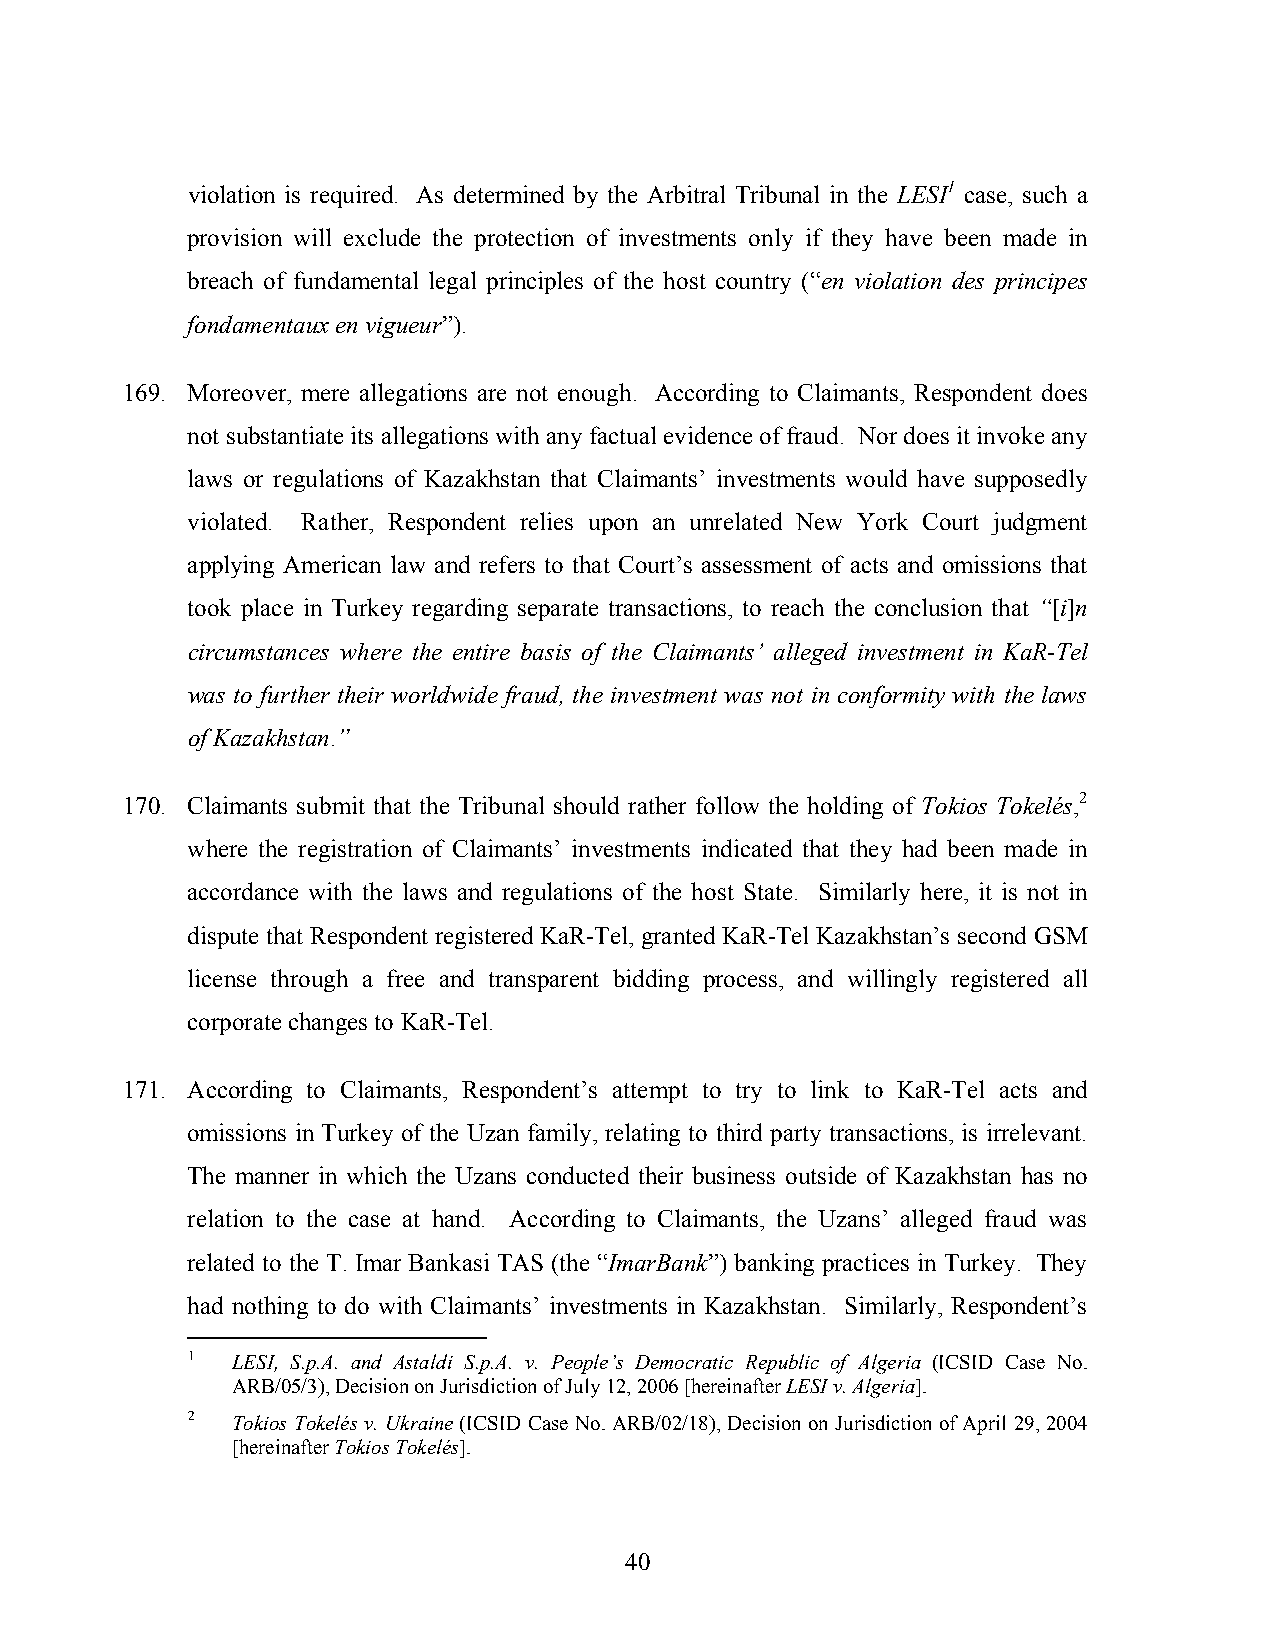
violation is required. As determined by the Arbitral Tribunal in the LESI1 case, such a
 provision will exclude the protection of investments only if they have been made in
 breach of fundamental legal principles of the host country (“en violation des principes
 fondamentaux en vigueur”).
 169. Moreover, mere allegations are not enough. According to Claimants, Respondent does
 not substantiate its allegations with any factual evidence of fraud. Nor does it invoke any
 laws or regulations of Kazakhstan that Claimants’ investments would have supposedly
 violated. Rather, Respondent relies upon an unrelated New York Court judgment
 applying American law and refers to that Court’s assessment of acts and omissions that
 took place in Turkey regarding separate transactions, to reach the conclusion that “[i]n
 circumstances where the entire basis of the Claimants’ alleged investment in KaR-Tel
 was to further their worldwide fraud, the investment was not in conformity with the laws
 of Kazakhstan.”
 170. Claimants submit that the Tribunal should rather follow the holding of Tokios Tokelés,2
 where the registration of Claimants’ investments indicated that they had been made in
 accordance with the laws and regulations of the host State. Similarly here, it is not in
 dispute that Respondent registered KaR-Tel, granted KaR-Tel Kazakhstan’s second GSM
 license through a free and transparent bidding process, and willingly registered all
 corporate changes to KaR-Tel.
 171. According to Claimants, Respondent’s attempt to try to link to KaR-Tel acts and
 omissions in Turkey of the Uzan family, relating to third party transactions, is irrelevant.
 The manner in which the Uzans conducted their business outside of Kazakhstan has no
 relation to the case at hand. According to Claimants, the Uzans’ alleged fraud was
 related to the T. Imar Bankasi TAS (the “ImarBank”) banking practices in Turkey. They
 had nothing to do with Claimants’ investments in Kazakhstan. Similarly, Respondent’s
 1  LESI, S.p.A. and Astaldi S.p.A. v. People’s Democratic Republic of Algeria (ICSID Case No.
 ARB/05/3), Decision on Jurisdiction of July 12, 2006 [hereinafter LESI v. Algeria].
 2  Tokios Tokelés v. Ukraine (ICSID Case No. ARB/02/18), Decision on Jurisdiction of April 29, 2004
 [hereinafter Tokios Tokelés].
 40